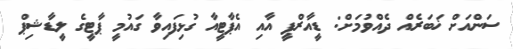
ސަންއަށް ޚަބަރެއް ދެއްވުމަށް: ޑީއާރްޕީ އާއި އެޕާޓީއާ ގުޅިފައިވާ ގައުމީ ޕާޓީގެ ލީޑާޝިޕް